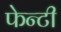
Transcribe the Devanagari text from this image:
फेन्टी